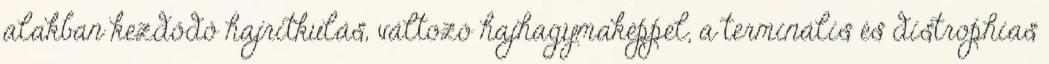
alakban kezdődő hajritkulás, változó hajhagymaképpel, a terminális és distrophias